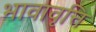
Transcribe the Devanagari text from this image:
भावावृत्ति